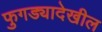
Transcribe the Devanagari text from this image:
फुगड्यादेखील